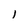
Character: l